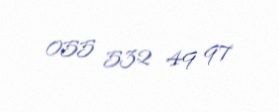
055 532 49 97